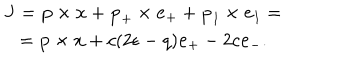
LaTeX: \begin{array} { c } { { { \bf J } = { \bf p } \times { \bf x } + { \bf p } _ { + } \times { \bf e } _ { + } + { \bf p } _ { 1 } \times { \bf e } _ { 1 } = } } \\ { { = { \bf p } \times { \bf x } + c ( 2 \epsilon - q ) { \bf e } _ { + } - 2 c { \bf e } _ { - } . } } \\ \end{array}